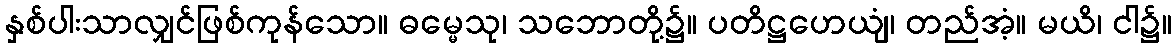
နှစ်ပါးသာလျှင်ဖြစ်ကုန်သော။ ဓမ္မေသု၊ သဘောတို့၌။ ပတိဋ္ဌဟေယျံ၊ တည်အံ့။ မယိ၊ ငါ၌။